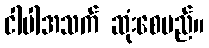
ငါပါအသက် ဆုံးစေမည်။